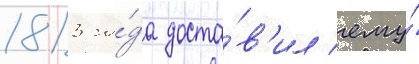
1813 го́да доста́в'ил ему́